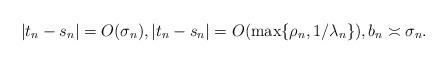
LaTeX: \begin{align*} |t_n-s_n|=O(\sigma_n),|t_n-s_n|=O(\max\{\rho_n,1/\lambda_n\}), b_n\asymp \sigma_n.\end{align*}